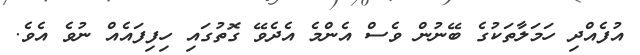
އުފެއްދި ހަމަލާތަކުގެ ބޭނުން ވެސް އެންމެ އެދެވޭ ގޮތުގައި ހިފިފައެއް ނުވެ އެވެ.